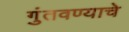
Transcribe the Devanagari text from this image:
गुंतवण्याचे